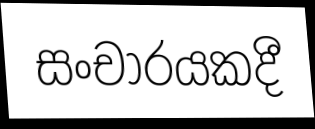
සංචාරයකදී